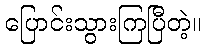
ပြောင်းသွားကြပြီတဲ့။